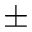
\pm